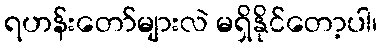
ရဟန်းတော်များလဲ မရှိနိုင်တော့ပါ၊